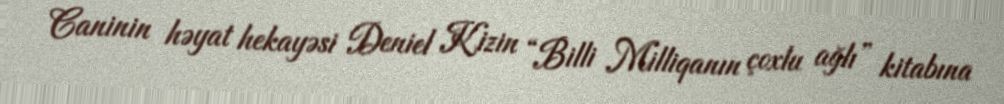
Caninin həyat hekayəsi Deniel Kizin “Billi Milliqanın çoxlu ağlı” kitabına